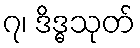
၇၊ ဒိဒ္ဓသုတ်